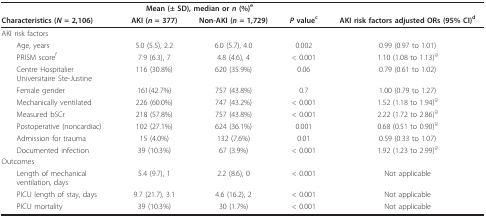
<table><thead><tr><td></td><td colspan="2"><b>Mean (± SD), median or <i>n </i>(%)<sup>e</sup></b></td><td></td><td></td></tr><tr><td><b>Characteristics (<i>N </i>= 2,106)</b></td><td><b>AKI (<i>n </i>= 377)</b></td><td><b>Non-AKI (<i>n </i>= 1,729)</b></td><td><b><i>P </i>value<sup>c</sup></b></td><td><b>AKI risk factors adjusted ORs (95% CI)<sup>d</sup></b></td></tr></thead><tbody><tr><td>AKI risk factors</td><td></td><td></td><td></td><td></td></tr><tr><td> Age, years</td><td>5.0 (5.5), 2.2</td><td>6.0 (5.7), 4.0</td><td>0.002</td><td>0.99 (0.97 to 1.01)</td></tr><tr><td> PRISM score<sup>f</sup></td><td>7.9 (6.3), 7</td><td>4.8 (4.6), 4</td><td>&lt; 0.001</td><td>1.10 (1.08 to 1.13)<sup>g</sup></td></tr><tr><td> Centre HospitalierUniversitaire Ste-Justine</td><td>116 (30.8%)</td><td>620 (35.9%)</td><td>0.06</td><td>0.79 (0.61 to 1.02)</td></tr><tr><td> Female gender</td><td>161(42.7%)</td><td>757 (43.8%)</td><td>0.7</td><td>1.00 (0.79 to 1.27)</td></tr><tr><td> Mechanically ventilated</td><td>226 (60.0%)</td><td>747 (43.2%)</td><td>&lt; 0.001</td><td>1.52 (1.18 to 1.94)<sup>g</sup></td></tr><tr><td> Measured bSCr</td><td>218 (57.8%)</td><td>757 (43.8%)</td><td>&lt; 0.001</td><td>2.22 (1.72 to 2.86)<sup>g</sup></td></tr><tr><td> Postoperative (noncardiac)</td><td>102 (27.1%)</td><td>624 (36.1%)</td><td>0.001</td><td>0.68 (0.51 to 0.90)<sup>g</sup></td></tr><tr><td> Admission for trauma</td><td>15 (4.0%)</td><td>132 (7.6%)</td><td>0.01</td><td>0.59 (0.33 to 1.07)</td></tr><tr><td> Documented infection</td><td>39 (10.3%)</td><td>67 (3.9%)</td><td>&lt; 0.001</td><td>1.92 (1.23 to 2.99)<sup>g</sup></td></tr><tr><td>Outcomes</td><td></td><td></td><td></td><td></td></tr><tr><td> Length of mechanicalventilation, days</td><td>5.4 (9.7), 1</td><td>2.2 (8.6), 0</td><td>&lt; 0.001</td><td>Not applicable</td></tr><tr><td> PICU length of stay, days</td><td>9.7 (21.7), 3.1</td><td>4.6 (16.2), 2</td><td>&lt; 0.001</td><td>Not applicable</td></tr><tr><td> PICU mortality</td><td>39 (10.3%)</td><td>30 (1.7%)</td><td>&lt; 0.001</td><td>Not applicable</td></tr></tbody></table>